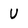
Character: U